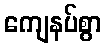
ကျေနပ်စွာ